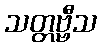
သတ္တဗ္ဗီသ